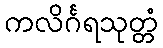
ကလိင်္ဂရသုတ္တံ